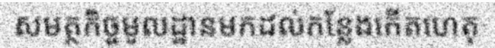
សមត្ថកិច្ចមូលដ្ឋានមកដល់កន្លែងកើតហេតុ